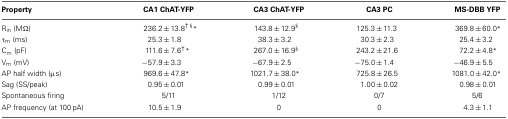
| Property | CA1 ChAT-YFP | CA3 ChAT-YFP | CA3 PC | MS-DBB YFP |
 | --- | --- | --- | --- | --- |
 | Rin (MΩ) | 236.2 ± 13.8†§* | 143.8 ± 12.9§ | 125.3 ± 11.3 | 369.8 ± 60.0* |
 | τm (ms) | 25.3 ± 1.8 | 38.3 ± 3.2 | 30.3 ± 2.3 | 25.4 ± 3.2 |
 | Cm (pF) | 111.6 ± 7.6†* | 267.0 ± 16.9§ | 243.2 ± 21.6 | 72.2 ± 4.8* |
 | Vm (mV) | −57.9 ± 3.3 | −67.9 ± 2.5 | −75.0 ± 1.4 | −46.9 ± 5.5 |
 | AP half width (μs) | 969.6 ± 47.8* | 1021.7 ± 38.0* | 725.8 ± 26.5 | 1081.0 ± 42.0* |
 | Sag (SS/peak) | 0.95 ± 0.01 | 0.99 ± 0.01 | 1.00 ± 0.02 | 0.98 ± 0.01 |
 | Spontaneous firing | 5/11 | 1/12 | 0/7 | 5/6 |
 | AP frequency (at 100 pA) | 10.5 ± 1.9 | 0 | 0 | 4.3 ± 1.1 |